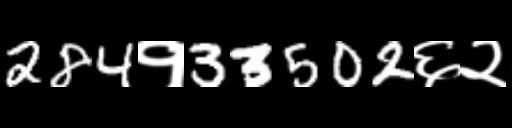
Text: 284१33502६२